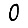
Digit: 0